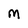
Character: M